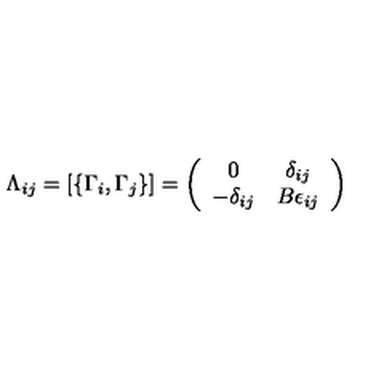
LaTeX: \Lambda _ { i j } = \left[ \{ \Gamma _ { i } , \Gamma _ { j } \} \right] = \left( \begin{array} { c c } { 0 } & { \delta _ { i j } } \\ { - \delta _ { i j } } & { B \epsilon _ { i j } } \\ \end{array} \right)